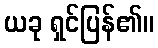
ယခု ရှင်ပြန်၏။